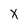
Character: x